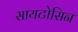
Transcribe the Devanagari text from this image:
सायटोसिन